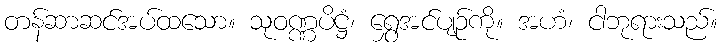
တန်ဆာဆင်အပ်ထသော။ သုဝဏ္ဏပိဋ္ဌံ၊ ရွှေအင်ပျဉ်ကို။ အဟံ၊ ငါဘုရားသည်။